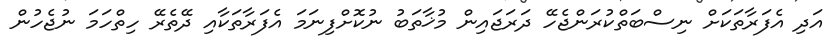
އަދި އެފަރާތަކަށް ނިސްބަތްކުރަންޖެހޭ ދަރަޖައިން މުޚާތަބު ނުކޮށްފިނަމަ އެފަރާތަކާއި ދޭތެރޭ ހިތްހަމަ ނުޖެހުން